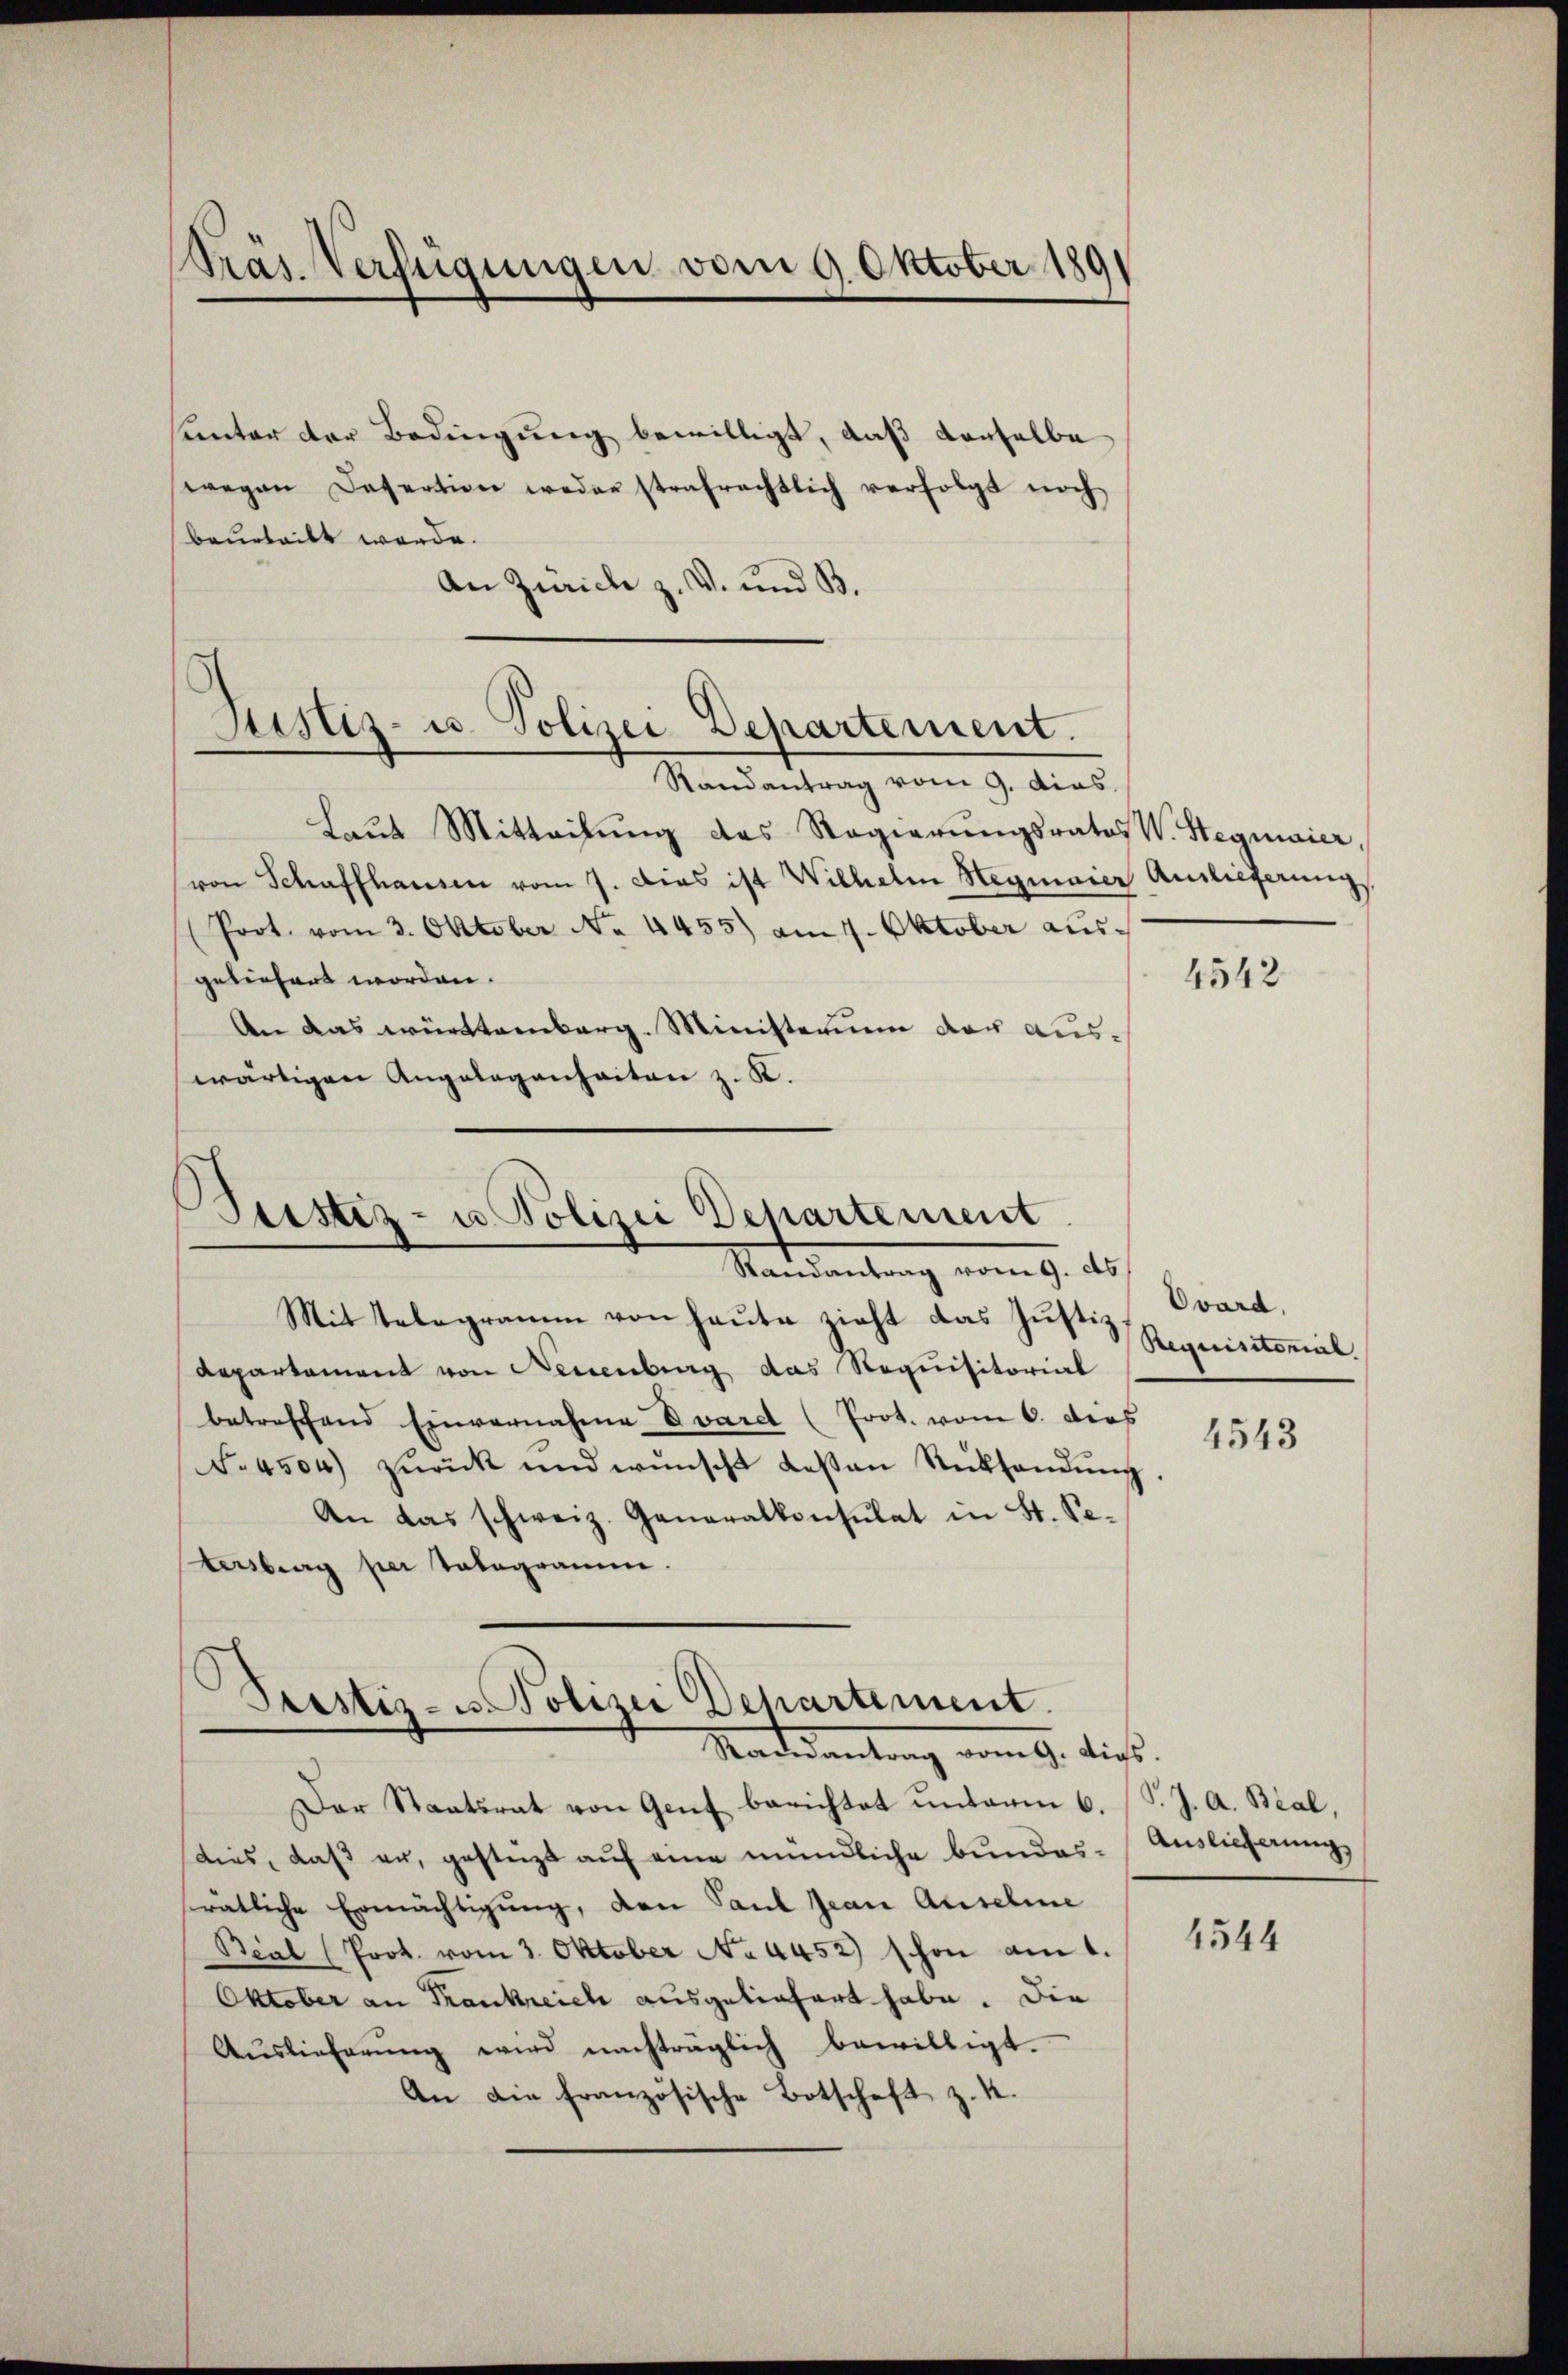
Präs. Verfügungen vom 9. Oktober 1891

hunter der Bedingung bewilligt, daß derselbe
wegen Desertion weder strafrechtlich verfolgt noch
beurteilt werde.
An Zürich z. V. und B.

Justiz- u. Polizei Departement.
—
Randantrag vom 9. dies

Beistiz- u Polizei Departement
Randantrag vom 9. ds.

Mit Telegramm von heute zieht das Justiz
Departement von Neuenburg das Requisitorial
betreffend Einvernahme Vvardt (Prot. vom 6. dies
F. 4504) zŭrück und wünscht lesen Rücksendŭng.
An das schweiz. Generalkonsulat in St. Pe-
tersberg per Talogramm.

Prestiz- u. Polizei Departement.
Radesantrag vom 9. dieß.

Laut Mitteilung des Regierungsratos W. Stegmaier,
von Schaffhausen vom 7. Dies ist Wilhelm Heymaier Auslieferung
Prot. vom 3. Oktober No. 4455) am 4. Oktober ausgeliefert worden.
An das württemberg. Ministerium der auswärtigen Angelegenheiten z. K.

Der Staatsrat von Genf berichtet unterm 6. (T. J. A. Bial,
Aies, daß er, gestüzt auf eine mündliche bundesratliche Ermächtigung, den Paul Jean Ansehene
Beal (Prot. vom 3. Oktober No 4452) schon am 1.
Oktober an Frankreich ausgeliefert habe. Die
Aŭslieferŭng wird nachträglich bewilligt.
An die französische Botschaft z. K.

4542

Ovard,
Requistorial

4543

Auslieferung

4544